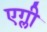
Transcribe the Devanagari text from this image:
एग्ली